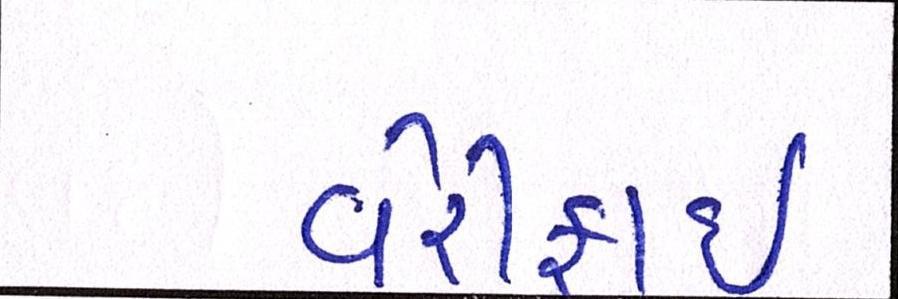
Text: વેરીફાઈ